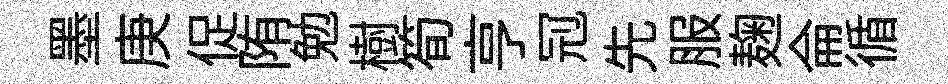
墨庚促陏勉樹筍亨𠜍先服麹侖循